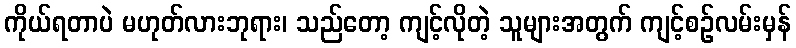
ကိုယ်ရတာပဲ မဟုတ်လားဘုရား၊ သည်တော့ ကျင့်လိုတဲ့ သူများအတွက် ကျင့်စဉ်လမ်းမှန်